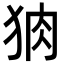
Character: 𭸆